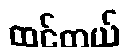
ထင်တယ်